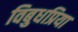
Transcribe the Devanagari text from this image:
विबुधप्रिया